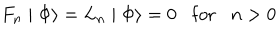
F _ { n } \mid \Phi \rangle = L _ { n } \mid \Phi \rangle = 0 \mathrm { f o r } n > 0